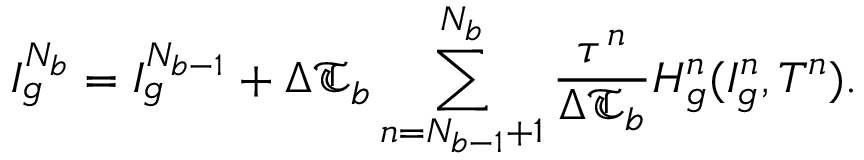
I _ { g } ^ { N _ { b } } = I _ { g } ^ { N _ { b - 1 } } + \Delta \mathfrak { T } _ { b } \sum _ { n = N _ { b - 1 } + 1 } ^ { N _ { b } } \frac { \tau ^ { n } } { \Delta \mathfrak { T } _ { b } } H _ { g } ^ { n } ( I _ { g } ^ { n } , T ^ { n } ) .